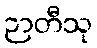
ဉာတီသု